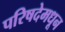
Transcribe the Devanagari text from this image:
परिषदेमधून